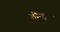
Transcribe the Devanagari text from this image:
गोम्बु